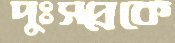
দুঃসপ্নকে